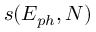
s ( E _ { p h } , N )